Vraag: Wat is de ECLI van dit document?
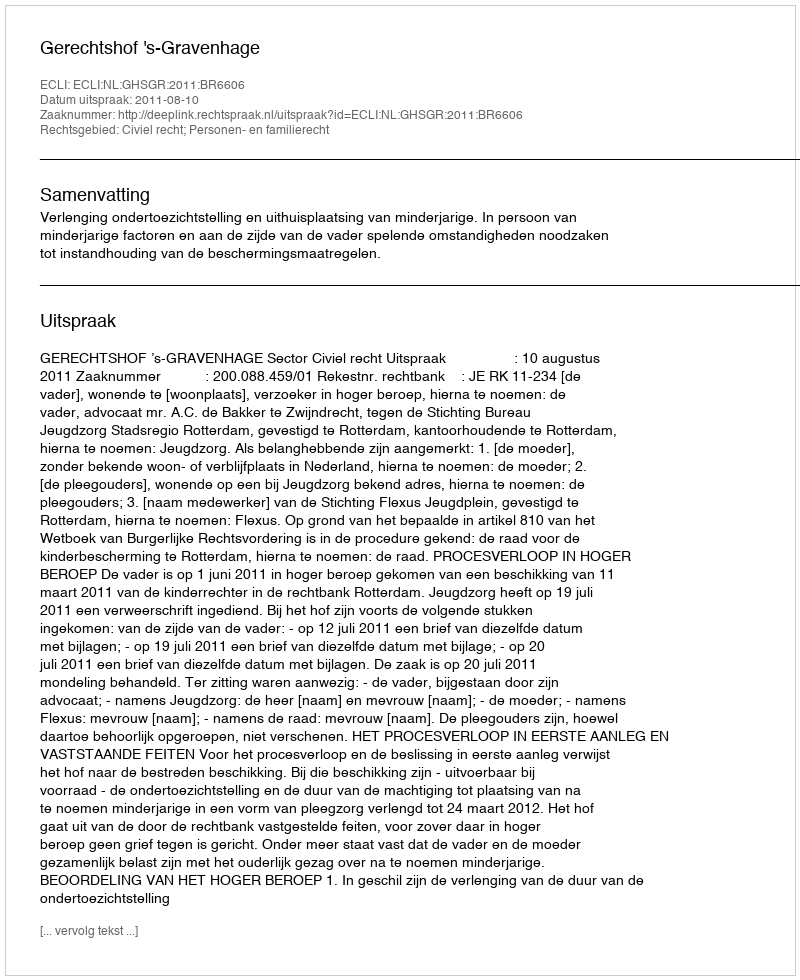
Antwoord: ECLI:NL:GHSGR:2011:BR6606